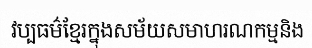
វប្បធម៌ខ្មែរក្នុងសម័យសមាហរណកម្មនិង